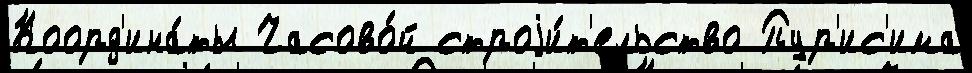
Коорд'ина́ты Часово́й строjи́т'ельство Пур'ис'има